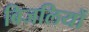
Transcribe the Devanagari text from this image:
बिजलियों